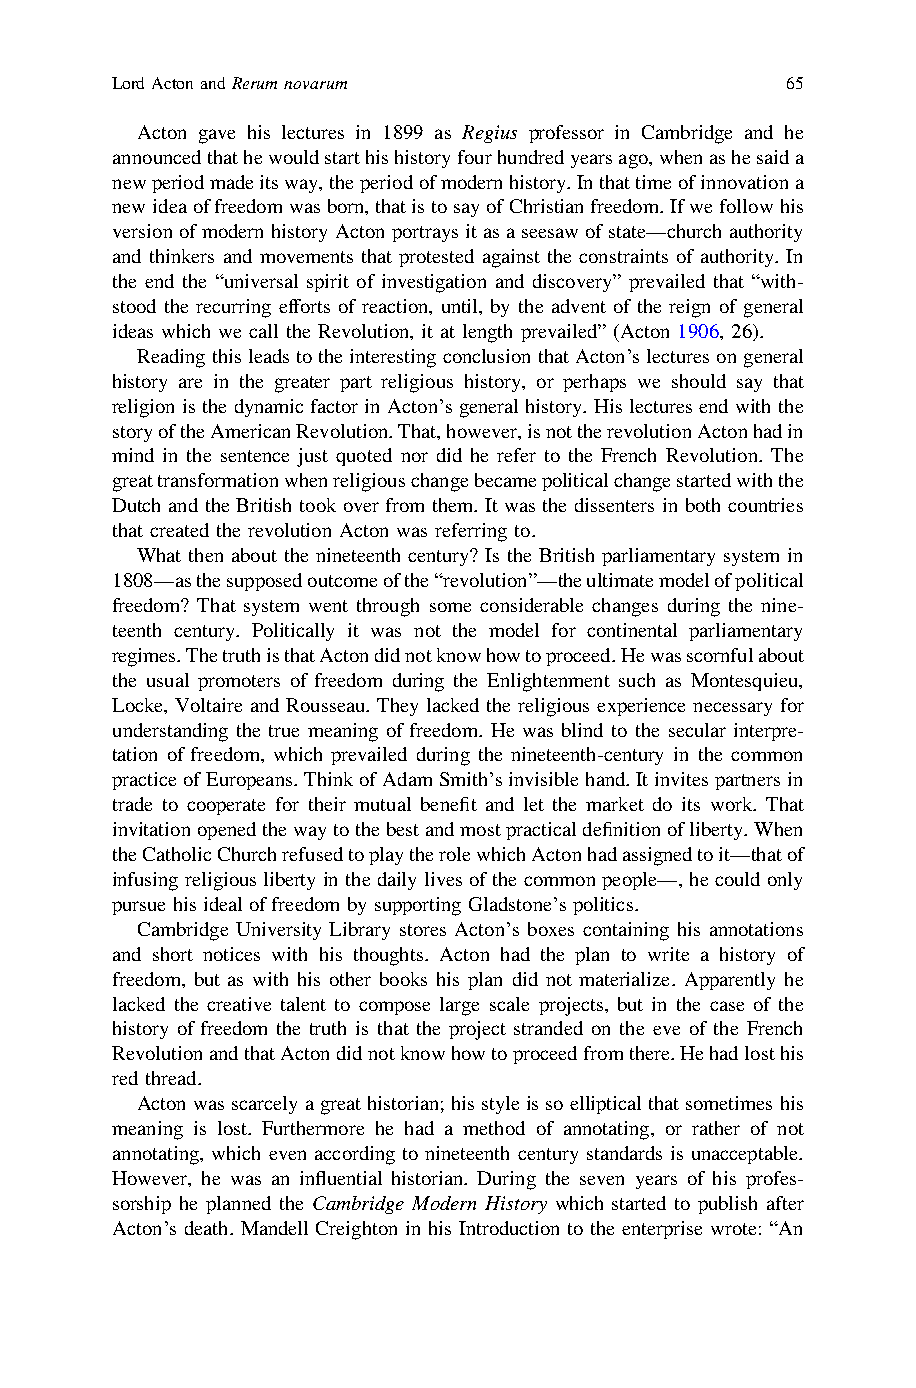
LordActonandRerumnovarum                     65
 Acton gave his lectures in 1899 as Regius professor in Cambridge and he
 announcedthathewouldstarthishistoryfourhundredyearsago,whenashesaida
 newperiodmadeitsway,theperiodofmodernhistory.Inthattimeofinnovationa
 newideaoffreedomwasborn,thatistosayofChristianfreedom.Ifwefollowhis
 versionofmodernhistory Actonportraysitasaseesaw ofstate—church authority
 and thinkers and movements that protested against the constraints of authority. In
 the end the “universal spirit of investigation and discovery” prevailed that “with-
 stood the recurring efforts of reaction, until, by the advent of the reign of general
 ideas which we call the Revolution, it at length prevailed” (Acton 1906, 26).
 Reading thisleadstotheinterestingconclusionthatActon’slectures ongeneral
 history are in the greater part religious history, or perhaps we should say that
 religion is the dynamicfactor in Acton’s general history. His lectures end with the
 storyoftheAmericanRevolution.That,however,isnottherevolutionActonhadin
 mind in the sentence just quoted nor did he refer to the French Revolution. The
 greattransformationwhenreligiouschangebecamepoliticalchangestartedwiththe
 Dutch and the British took over from them. It was the dissenters in both countries
 that created the revolution Acton was referring to.
 What then about the nineteenth century? Is the British parliamentary system in
 1808—asthesupposedoutcomeofthe“revolution”—theultimatemodelofpolitical
 freedom? That system went through some considerable changes during the nine-
 teenth century. Politically it was not the model for continental parliamentary
 regimes.ThetruthisthatActondidnotknowhowtoproceed.Hewasscornfulabout
 the usual promoters of freedom during the Enlightenment such as Montesquieu,
 Locke, Voltaire and Rousseau. They lacked the religious experience necessary for
 understanding the true meaning offreedom. He was blind to the secular interpre-
 tation of freedom, which prevailed during the nineteenth-century in the common
 practiceofEuropeans.ThinkofAdamSmith’sinvisiblehand.Itinvitespartnersin
 trade to cooperate for their mutual benefit and let the market do its work. That
 invitationopenedthewaytothebestandmostpracticaldefinitionofliberty.When
 theCatholicChurchrefusedtoplaytherolewhichActonhadassignedtoit—thatof
 infusing religious libertyinthedailylivesofthecommonpeople—,hecouldonly
 pursue his ideal offreedom by supporting Gladstone’spolitics.
 Cambridge University Library stores Acton’s boxes containing his annotations
 and short notices with his thoughts. Acton had the plan to write a history of
 freedom, but as with his other books his plan did not materialize. Apparently he
 lacked the creative talent to compose large scale projects, but in the case of the
 history of freedom the truth is that the project stranded on the eve of the French
 RevolutionandthatActondidnotknowhowtoproceedfromthere.Hehadlosthis
 red thread.
 Actonwasscarcelyagreathistorian; hisstyleissoelliptical thatsometimeshis
 meaning is lost. Furthermore he had a method of annotating, or rather of not
 annotating, which even according to nineteenth century standards is unacceptable.
 However, he was an influential historian. During the seven years of his profes-
 sorship he planned the Cambridge Modern History which started to publish after
 Acton’s death. Mandell Creighton in his Introduction to the enterprise wrote: “An